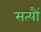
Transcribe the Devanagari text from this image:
सत्यौं